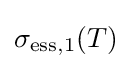
\sigma _{\mathrm {ess} ,1}(T)